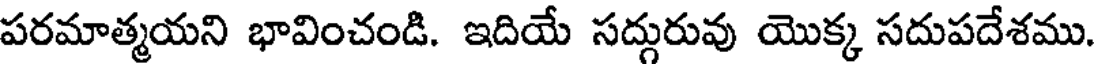
పరమాత్మయని భావించండి. ఇదియే సద్గురువు యొక్క సదుపదేశము.